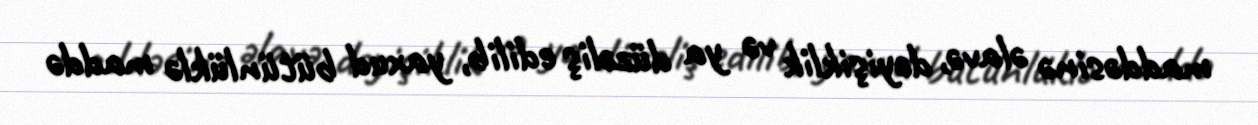
maddəsinə əlavə, dəyişiklik və ya düzəliş edilib, yaxud bütünlüklə maddə